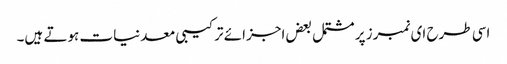
اسی طرح ای نمبرز پر مشتمل بعض اجزائے ترکیبی معدنیات ہوتے ہیں۔